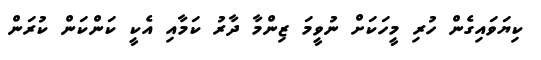
ކިޔަވައިގެން ހުރި މީހަކަށް ނުވީމަ ޒިންމާ ދާރު ކަމާއި އެކީ ކަންކަން ކުރަން